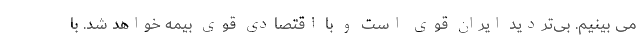
می بینیم. بی‌تردید ایران قوی است و با اقتصادی قوی بیمه خواهد شد. با